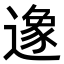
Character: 𨖶